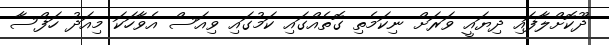
ދޫކޮށްލާފައި ދިޔައީ ވަރަށް ނިކަމެތި ގޮތެއްގައި ކަމުގައި ވިއަސް އެވާހަކަ މިއަދު ހަފްސާ